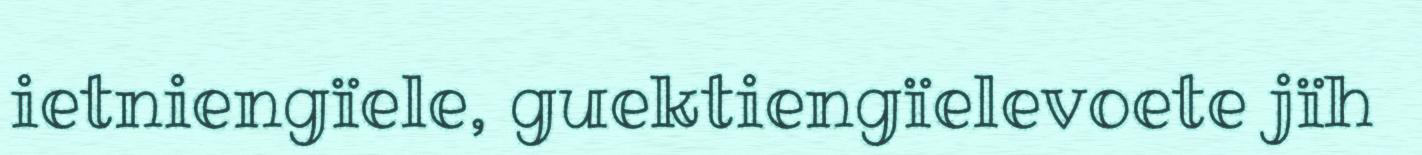
ietniengïele, guektiengïelevoete jïh